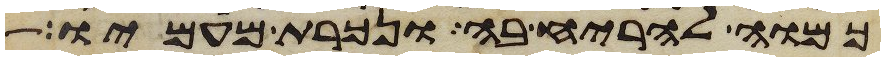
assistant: כמוה להריח בה ונכרת מעמיו